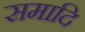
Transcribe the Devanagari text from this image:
समादि